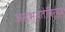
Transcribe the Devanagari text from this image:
असभ्यतेविरूद्ध